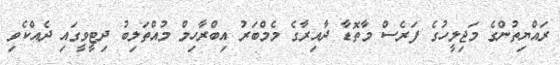
ރައްޔިތުންގެ މަޖިލީހުގެ ފަރެސް މާތޮޑާ ދާއިރާގެ މެމްބަރު އިބްރާހިމް މުއްތަލިބު ދިޓީވީގައި ދެއްކެވި